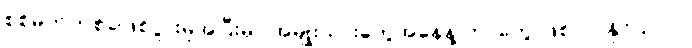
စစ်မက်တစ်ခုဖြစ်ပွားမှုအပြီးမှာ အမျိုးသားတွေအနေနဲ့ ဘာတွေ ဖြစ်လာနိုင်သလဲ။